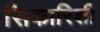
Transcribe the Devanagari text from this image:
सिफारिशी